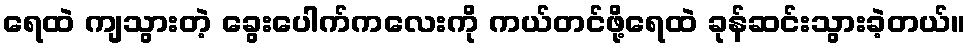
ရေထဲ ကျသွားတဲ့ ခွေးပေါက်ကလေးကို ကယ်တင်ဖို့ရေထဲ ခုန်ဆင်းသွားခဲ့တယ်။